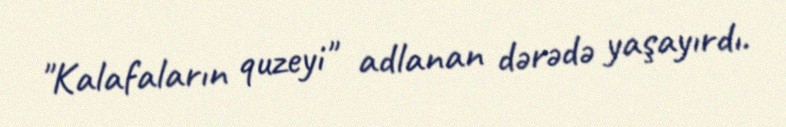
"Kalafaların quzeyi" adlanan dərədə yaşayırdı.